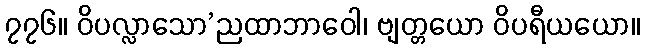
၇၇၆။ ဝိပလ္လာသော’ညထာဘာဝေါ၊ ဗျတ္တယော ဝိပရီယယော။